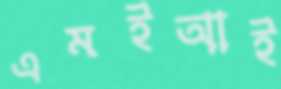
এমইআই